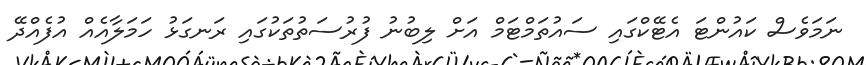
ނަމަވެސް ކައުންޓަ އެޓޭކްގައި ސައުތަމްޓަމް އަށް ލިބުނު ފުރުސަތުތަކުގައި ރަނގަޅު ހަމަލާއެއް އުފެއްދޭ